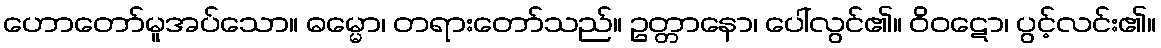
ဟောတော်မူအပ်သော။ ဓမ္မော၊ တရားတော်သည်။ ဥတ္တာနော၊ ပေါ်လွင်၏။ ဝိဝဋော၊ ပွင့်လင်း၏။